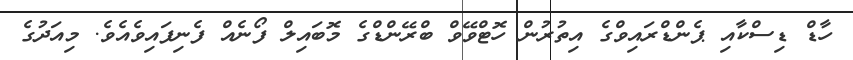
ހާޑް ޑިސްކާއި ޕެންޑްރައިވްގެ އިތުރުން ހޮޓްވޭވް ބްރޭންޑްގެ މޮބައިލް ފޯނެއް ފެނިފައިވެއެވެ. މިއަދުގެ